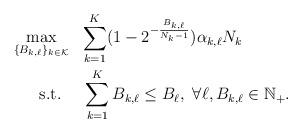
LaTeX: \begin{align*}\begin{aligned} \max_{\{B_{k,\ell}\}_{k\in \mathcal{K}}} ~~&{\sum_{k =1}^K(1-2^{-\frac{B_{k,\ell}}{N_k-1}}) \alpha_{k,\ell}N_k} \\~~\mathrm{s.t.}~~~~&\sum_{k=1}^K B_{k,\ell} \leq B_{\ell},~\forall \ell, B_{k,\ell}\in \mathbb{N}_+. \end{aligned} \end{align*}